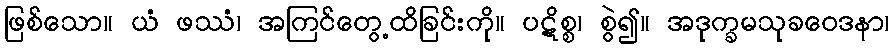
ဖြစ်သော။ ယံ ဖဿံ၊ အကြင်တွေ့ထိခြင်းကို။ ပဋိစ္စ၊ စွဲ၍။ အဒုက္ခမသုခဝေဒနာ၊